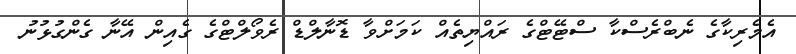
އެމެރިކާގެ ނެބްރެސްކާ ސްޓޭޓްގެ ރައްޔިތެއް ކަމަށްވާ ޑޮނާލްޑް ރެވޯލްޓްގެ ގެއިން އޭނާ ގެންގުޅުނު